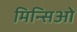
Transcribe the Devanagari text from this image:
मिन्सिओ